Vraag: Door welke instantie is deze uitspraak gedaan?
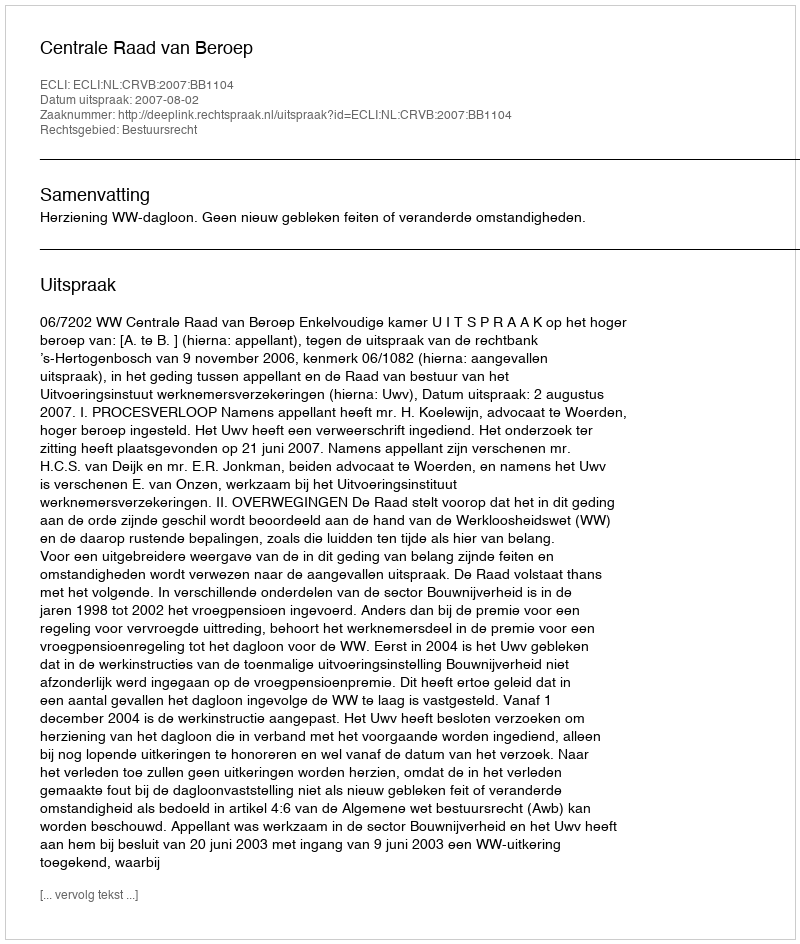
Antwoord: Centrale Raad van Beroep